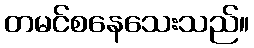
တမင်စနေသေးသည်။